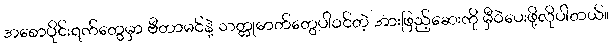
အစောပိုင်းရက်တွေမှာ ဗီတာမင်နဲ့ သတ္တုဓာတ်တွေပါဝင်တဲ့ အားဖြည့်ဆေးကို မှီဝဲပေးဖို့လိုပါတယ်။